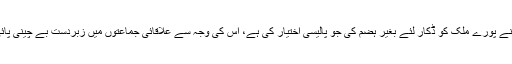
بی جے پی نے پورے ملک کو ڈکار لئے بغیر ہضم کی جو پالیسی اختیار کی ہے، اس کی وجہ سے علاقائی جماعتوں میں زبردست بے چینی پائی جاتی ہے۔